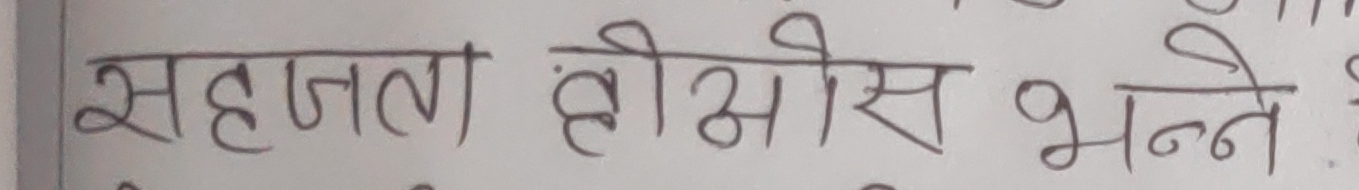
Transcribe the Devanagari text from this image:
सहजता ह्रीओस भन्ने